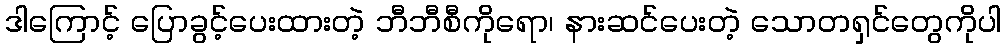
ဒါကြောင့် ပြောခွင့်ပေးထားတဲ့ ဘီဘီစီကိုရော၊ နားဆင်ပေးတဲ့ သောတရှင်တွေကိုပါ